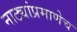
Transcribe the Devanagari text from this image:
नाट्यांप्रमाणेच